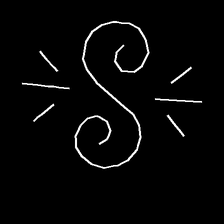
Glyph: wind-directs-air